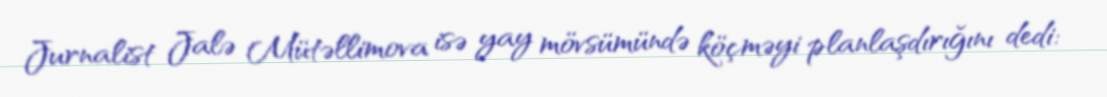
Jurnalist Jalə Mütəllimova isə yay mövsümündə köçməyi planlaşdırığını dedi: